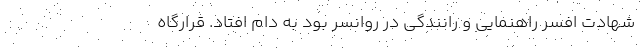
شهادت افسر راهنمایی و رانندگی در روانسر بود به دام افتاد. قرارگاه